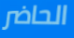
الحاضر